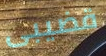
قضيبى